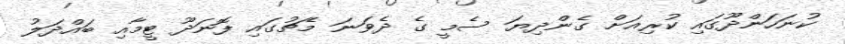
ކުނަހަންދޫގައި ކުރިއަށް ގެންދިޔަ ސެމީ ގެ ދެވަނަ މެޗުގައި ފޮނަދޫ ޓީމާއި ބައްދަލު